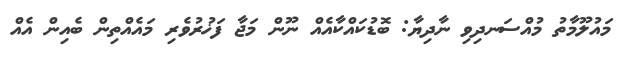
މައުލޫމާތު މުއްސަނދިވި ނާދިޔާ: ބޮޑުކައްކާއެއް ނޫން މަޖާ ފަޚުރުވެރި މައެއްތިން ބެއިން އެއް